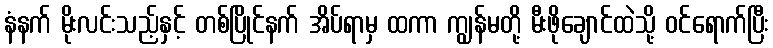
နံနက် မိုးလင်းသည့်နှင့် တစ်ပြိုင်နက် အိပ်ရာမှ ထကာ ကျွန်မတို့ မီးဖိုချောင်ထဲသို့ ဝင်ရောက်ပြီး